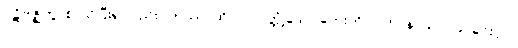
ပဋိဗုဇ္ဈိတွာစ၊ သိပြီး၍လည်း။ တဿ၊ ထိုလာလတ္တံ့သော ဘေးကို။ ပဟာနာယ၊ ပယ်ခြင်းငှာ။